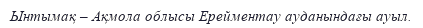
Ынтымақ – Ақмола облысы Ерейментау ауданындағы ауыл.